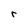
Character: r